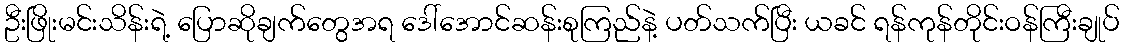
ဦးဖြိုးမင်းသိန်းရဲ့ ပြောဆိုချက်တွေအရ ဒေါ်အောင်ဆန်းစုကြည်နဲ့ ပတ်သက်ပြီး ယခင် ရန်ကုန်တိုင်းဝန်ကြီးချုပ်